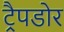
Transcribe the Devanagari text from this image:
ट्रैपडोर